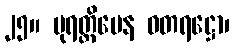
၂၅။ ပုရတ္ထိမေန ဓတရဋ္ဌော၊